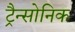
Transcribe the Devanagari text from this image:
ट्रैन्सोनिक